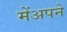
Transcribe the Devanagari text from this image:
मेंअपने